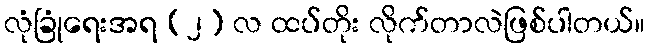
လုံခြုံရေးအရ (၂) လ ထပ်တိုး လိုက်တာလဲဖြစ်ပါတယ်။